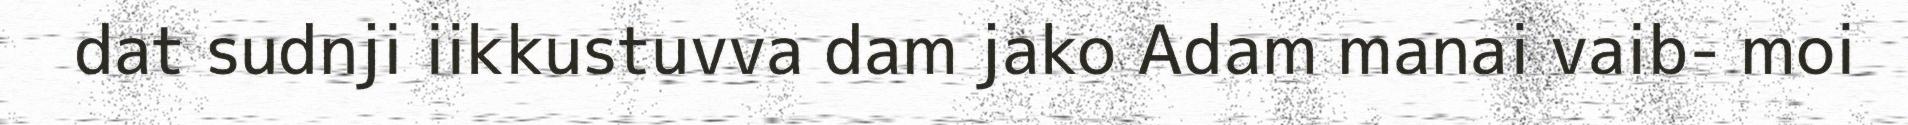
dat sudnji iikkustuvva dam jako Adam manai vaib- moi